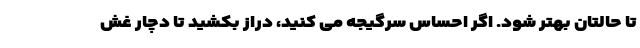
تا حالتان بهتر شود. اگر احساس سرگیجه می کنید، دراز بکشید تا دچار غش